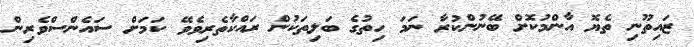
ޒައިތޫނި ތެޔޮ އާންމުކޮށް ބޭނުންކުރާ ނަމަ ހިތުގެ ބަލިތަކުން ރައްކާތެރިވެވޭ ކަމަށް ސައެންސްވެރިން